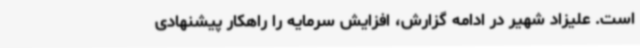
است. علیزاد شهیر در ادامه گزارش، افزایش سرمایه را راهکار پیشنهادی